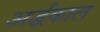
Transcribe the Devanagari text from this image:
अर्द्धकाल